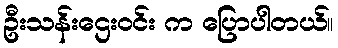
ဦးသန်းဌေးဝင်း က ပြောပါတယ်။